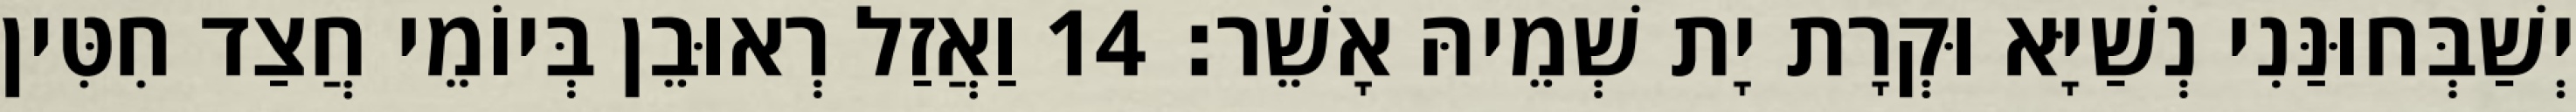
יְשַׁבְּחוּנַּנִי נְשַׁיָּא וּקְרָת יָת שְׁמֵיהּ אָשֵׁר׃ 14 וַאֲזַל רְאוּבֵן בְּיוֹמֵי חֲצַד חִטִּין